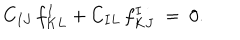
C _ { I J } \, f _ { K L } ^ { I } + C _ { I L } \, f _ { K J } ^ { I } \ = \ 0 .